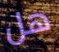
هل